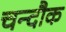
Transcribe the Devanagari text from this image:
चन्दौक